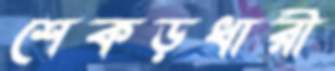
শেকড়ধারী